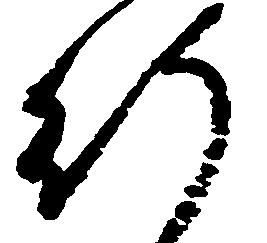
行